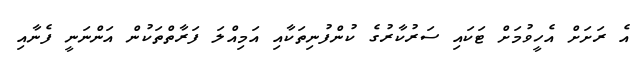
އެ ރަށަށް އެހީވުމަށް ޓަކައި ސަރުކާރުގެ ކުންފުނިތަކާއި އަމިއްލަ ފަރާތްތަކުން އަންނަނީ ފެނާއި